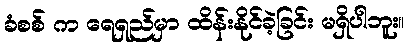
ခံစစ် က ရေရှည်မှာ ထိန်းနိုင်ခဲ့ခြင်း မရှိပါဘူး။